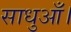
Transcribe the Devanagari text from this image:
साधुआँ।